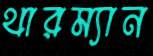
থারম্যান